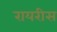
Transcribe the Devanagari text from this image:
रायरीस